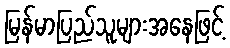
မြန်မာပြည်သူများအနေဖြင့်